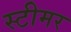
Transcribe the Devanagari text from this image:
स्‍टीमर